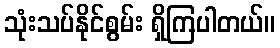
သုံးသပ်နိုင်စွမ်း ရှိကြပါတယ်။